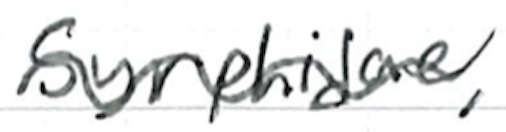
Text: Syrphidae,
Cross-out: wave
Writing tool: ballpoint